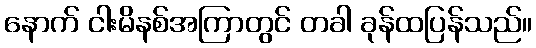
နောက် ငါးမိနစ်အကြာတွင် တခါ ခုန်ထပြန်သည်။